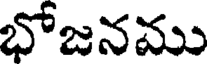
భోజనము